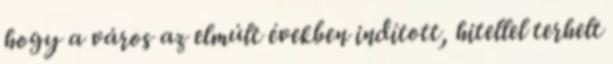
hogy a város az elmúlt években indított, hitellel terhelt